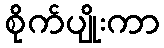
စိုက်ပျိုးကာ